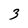
Character: 3